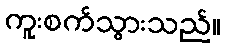
ကူးစက်သွားသည်။